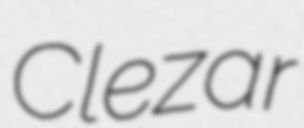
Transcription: Clezar